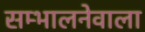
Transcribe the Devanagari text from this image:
सम्भालनेवाला